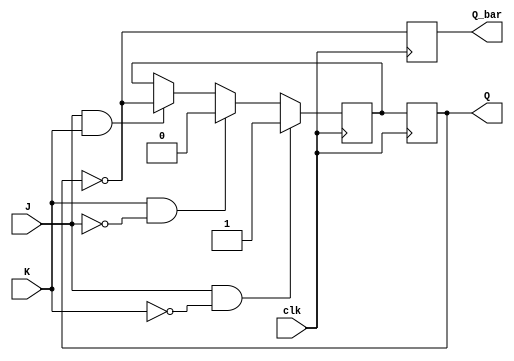
module negative_edge_jk_ff (
    input J,
    input K,
    input clk,
    output reg Q,
    output reg Q_bar
);

reg Q_next;

always @ (negedge clk) begin
    if (J && !K) begin
        Q_next <= 1;
    end else if (K && !J) begin
        Q_next <= 0;
    end else if (J && K) begin
        Q_next <= ~Q;
    end
end

always @ (posedge clk) begin
    Q <= Q_next;
    Q_bar <= ~Q;
end 

endmodule